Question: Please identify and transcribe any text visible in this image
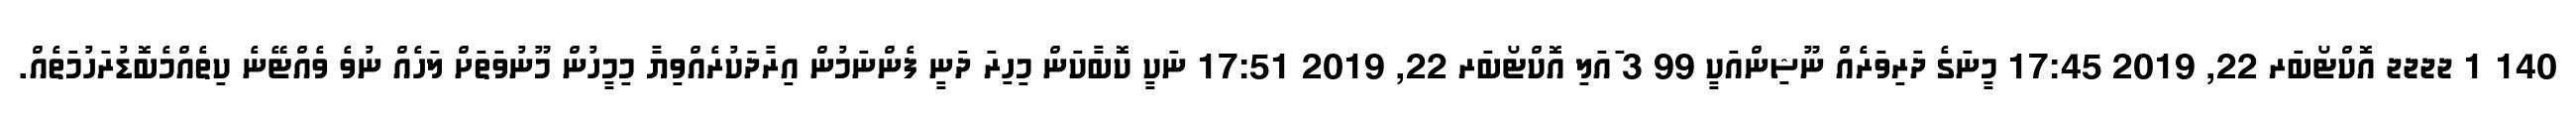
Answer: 140 1 ޖޖޖޖ އޮކްޓޯބަރ 22, 2019 17:45 މީނަގެ ދަރިވަރެއް ނޫޝިންއަކީ 99 3 ައަލި އޮކްޓޯބަރ 22, 2019 17:51 ނަކީ ކޮބާކަން މިހިރަ ދަނީ ފެންނަމުން އިރާދަކުރެއްވިޔާ މިމީހުން މޫނުވަތަށް ލަހެއް ނުވެ ވެއްޓޭނެ ކިތެއްމެބޮޑުރަހުމަތެއް.